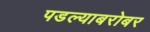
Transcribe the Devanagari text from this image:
पडल्याबरोबर